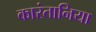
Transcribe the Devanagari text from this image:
कारंतानिया